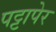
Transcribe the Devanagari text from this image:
पट्टापेर